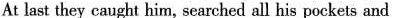
At last they caught him, searched all his pockets and